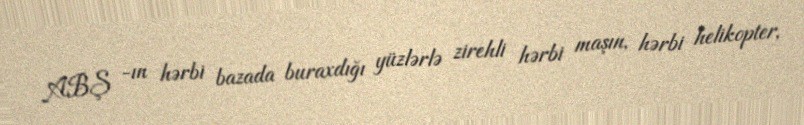
ABŞ -ın hərbi bazada buraxdığı yüzlərlə zirehli hərbi maşın, hərbi helikopter,